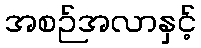
အစဉ်အလာနှင့်